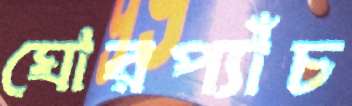
ঘোরপ্যাঁচ